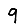
Digit: 9